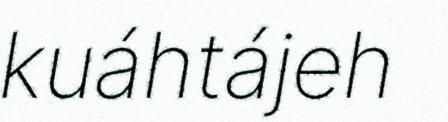
kuáhtájeh